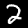
Digit: 2